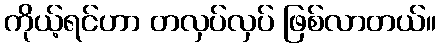
ကိုယ့်ရင်ဟာ တလှပ်လှပ် ဖြစ်လာတယ်။